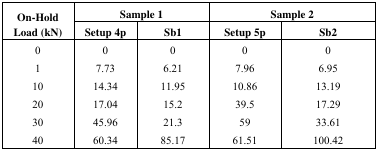
<table><thead><tr><td rowspan="3"><b>On-Hold Load (kN)</b></td><td colspan="2"><b>Sample 1</b></td><td colspan="2"><b>Sample 2</b></td></tr><tr><td><b>Setup 4p</b></td><td><b>Sb1</b></td><td><b>Setup 5p</b></td><td><b>Sb2</b></td></tr></thead><tbody><tr><td>0</td><td>0</td><td>0</td><td>0</td><td>0</td></tr><tr><td>1</td><td>7.73</td><td>6.21</td><td>7.96</td><td>6.95</td></tr><tr><td>10</td><td>14.34</td><td>11.95</td><td>10.86</td><td>13.19</td></tr><tr><td>20</td><td>17.04</td><td>15.2</td><td>39.5</td><td>17.29</td></tr><tr><td>30</td><td>45.96</td><td>21.3</td><td>59</td><td>33.61</td></tr><tr><td>40</td><td>60.34</td><td>85.17</td><td>61.51</td><td>100.42</td></tr></tbody></table>